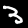
Label: 3